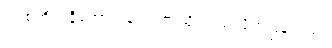
ရပ်စ်ကိုလ်နီကော့ဗ် နံရံဘက်သို့ လှည့်လိုက်ပြန်သည်။